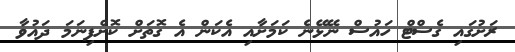
ރަށުގައި ގެސްޓް ހައުސް ނޭޅޭނެ ކަމަށާއި އެކަން އެ ގޮތަށް ކޮށްފިނަމަ ދައުވާ